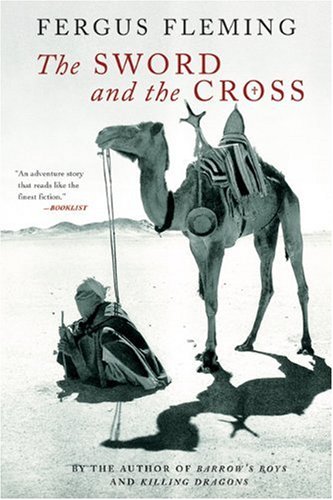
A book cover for The Sword and the Cross: Two Men and an Empire of Sand; Fergus Fleming; History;